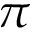
\pi